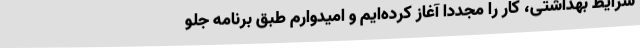
شرایط بهداشتی، کار را مجددا آغاز کرده‌ایم و امیدوارم طبق برنامه جلو